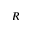
R